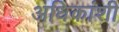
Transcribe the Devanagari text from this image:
अधिकांशी